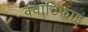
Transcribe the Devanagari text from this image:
क्वांटिफाइ